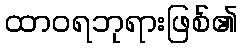
ထာဝရဘုရားဖြစ်၏